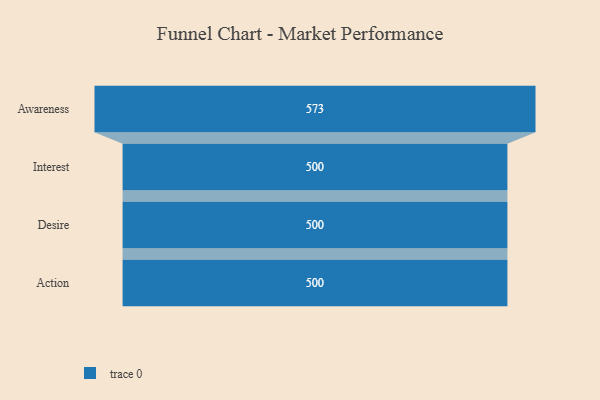
{"axis": {"x": "Stage", "y": "Value"}, "legend": [""], "data": [{"x": "Awareness", "y": 573.0, "type": ""}, {"x": "Interest", "y": 500, "type": ""}, {"x": "Desire", "y": 500, "type": ""}, {"x": "Action", "y": 500, "type": ""}]}